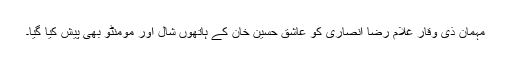
مہمان ذی وقار غلام رضا انصاری کو عاشق حسین خان کے ہاتھوں شال اور مومنٹو بھی پیش کیا گیا۔